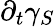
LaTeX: \partial_{t}\gamma_{S}